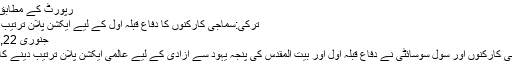
رپورٹ کے مطابق بیت المقدس ...
ترکی:سماجی کارکنوں کا دفاع قبلہ اوّل کے لیے ایکشن پلان ترتیب دینے کا مطالبہ
جنوری 22, 2016	173
ترکی میں سماجی کارکنوں اور سول سوسائٹی نے دفاع قبلہ اوّل اور بیت المقدس کی پنجہ یہود سے آزادی کے لیے عالمی ایکشن پلان ترتیب دینے کا مطالبہ کیا ہے۔